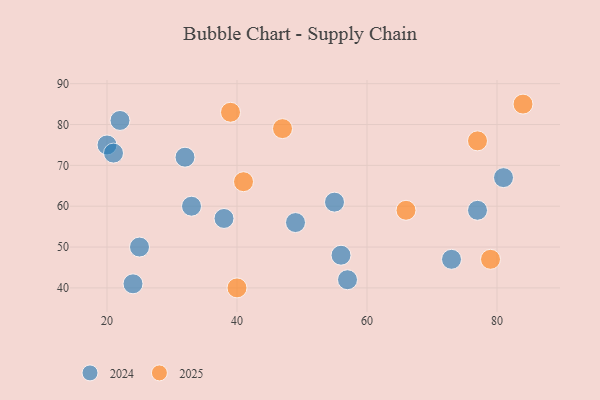
{"axis": {"x": "GDP", "y": "Life Expectancy"}, "legend": ["2024", "2025"], "data": [{"x": "32", "y": 72, "type": "2024"}, {"x": "20", "y": 75, "type": "2024"}, {"x": "38", "y": 57, "type": "2024"}, {"x": "56", "y": 48, "type": "2024"}, {"x": "24", "y": 41, "type": "2024"}, {"x": "81", "y": 67, "type": "2024"}, {"x": "55", "y": 61, "type": "2024"}, {"x": "25", "y": 50, "type": "2024"}, {"x": "21", "y": 73, "type": "2024"}, {"x": "77", "y": 59, "type": "2024"}, {"x": "57", "y": 42, "type": "2024"}, {"x": "22", "y": 81, "type": "2024"}, {"x": "49", "y": 56, "type": "2024"}, {"x": "73", "y": 47, "type": "2024"}, {"x": "33", "y": 60, "type": "2024"}, {"x": "77", "y": 76, "type": "2025"}, {"x": "47", "y": 79, "type": "2025"}, {"x": "66", "y": 59, "type": "2025"}, {"x": "39", "y": 83, "type": "2025"}, {"x": "84", "y": 85, "type": "2025"}, {"x": "79", "y": 47, "type": "2025"}, {"x": "41", "y": 66, "type": "2025"}, {"x": "40", "y": 40, "type": "2025"}]}